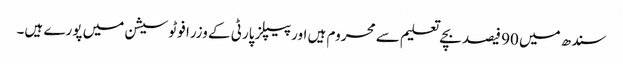
سندھ میں 90 فیصد بچے تعلیم سے محروم ہیں اور پیپلز پارٹی کے وزرا فوٹو سیشن میں پورے ہیں۔